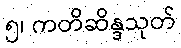
၅၊ ကတိဆိန္ဒသုတ်